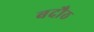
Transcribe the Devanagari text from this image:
बदौठ